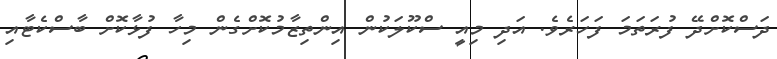
ދަސްކޮށްދޭ ފުރަތަމަ ފަހަރެވެ. އަދި މިއީ ސްކޫލަކުން އިންތިޒާމުކޮށްގެން މިހާ ފުޅާކޮށް ބާސްކެޓާއި